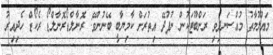
މައުލޫމާތު މުއްސަނދިވި ރަންބޫޓަކުން ނުފުދޭ އިތުރަށް ކާމިޔާބީ ބޭނުންވޭ: ރޮނާލްޑޯރޮނާލްޑޯ ރެކޯޑް ހެދިއިރު